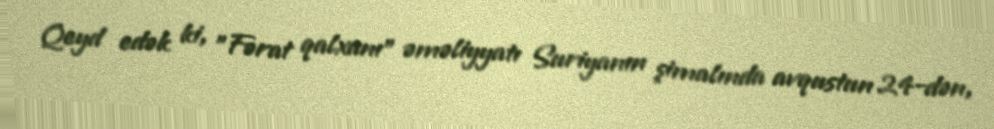
Qeyd edək ki, "Fərat qalxanı" əməliyyatı Suriyanın şimalında avqustun 24-dən,